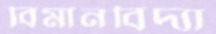
বিমানবিদ্যা